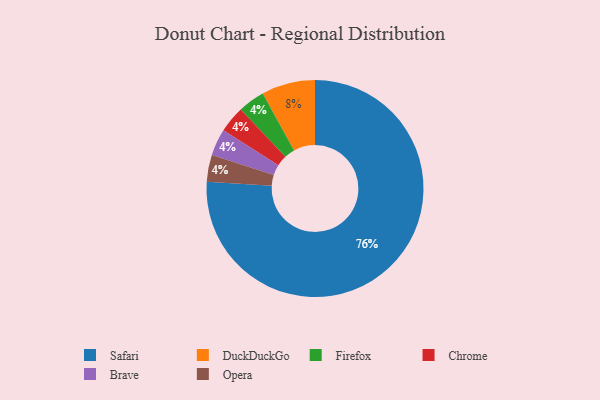
{"axis": {"x": "Category", "y": "Percentage"}, "legend": ["Brave", "Chrome", "DuckDuckGo", "Firefox", "Opera", "Safari"], "data": [{"x": "Firefox", "y": 4, "type": "Firefox"}, {"x": "Chrome", "y": 4, "type": "Chrome"}, {"x": "DuckDuckGo", "y": 8, "type": "DuckDuckGo"}, {"x": "Brave", "y": 4, "type": "Brave"}, {"x": "Opera", "y": 4, "type": "Opera"}, {"x": "Safari", "y": 76, "type": "Safari"}]}